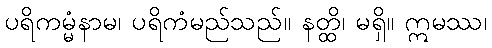
ပရိကမ္မံနာမ၊ ပရိကံမည်သည်။ နတ္ထိ၊ မရှိ။ ဣမဿ၊